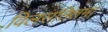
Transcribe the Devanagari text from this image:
विलसतितमां